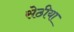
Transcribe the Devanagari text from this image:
सेठीया